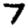
Digit: 7